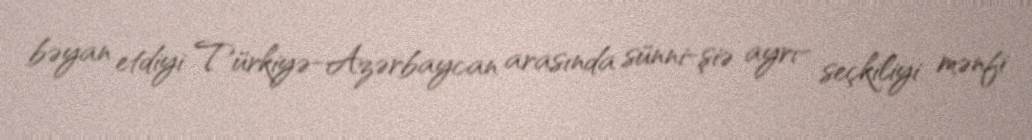
bəyan etdiyi Türkiyə-Azərbaycan arasında sünni-şiə ayrı- seçkiliyi mənfi